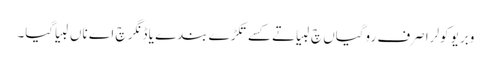
وبریو کولرا صرف روگیاں چ لبیا تے کسے تکڑے بندے یا ڈنگر چ اے ناں لبیا گیا۔